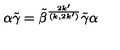
\alpha \tilde { \gamma } = \tilde { \beta } ^ { \frac { 2 k ^ { \prime } } { ( k , 2 k ^ { \prime } ) } } \tilde { \gamma } \alpha